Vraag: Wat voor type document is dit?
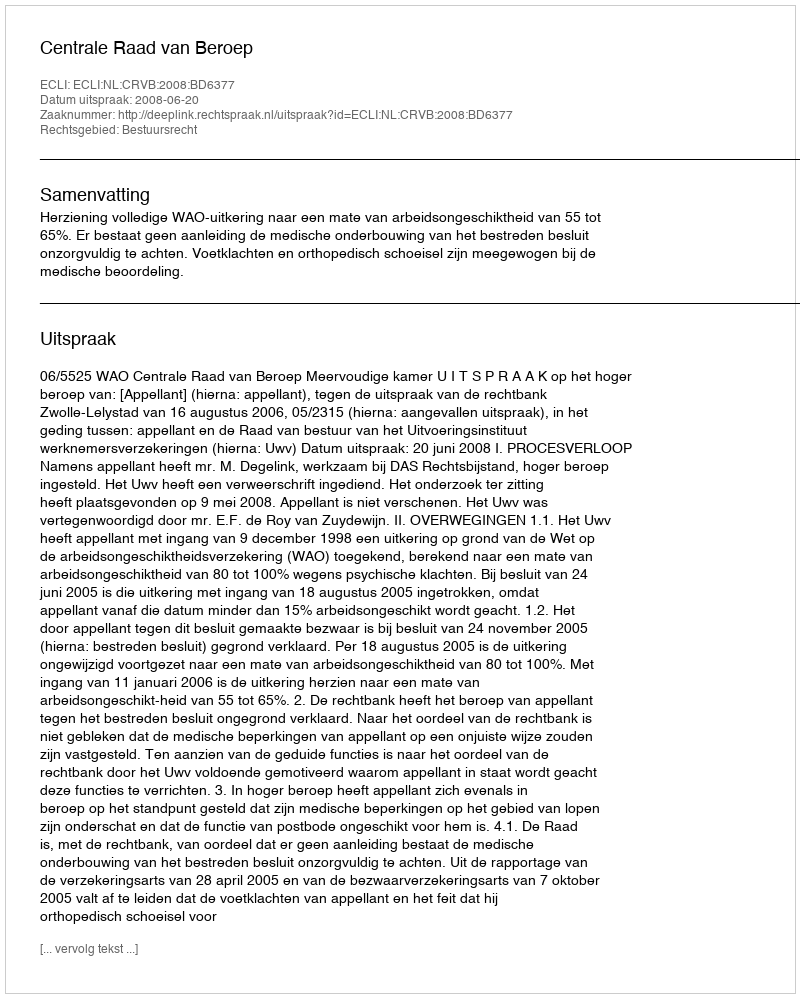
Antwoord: Uitspraak